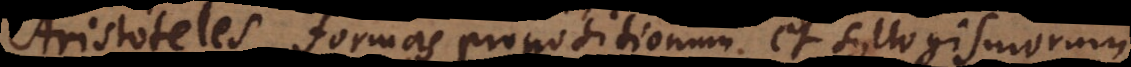
Aristoteles formas propositionum, et syllogismorum